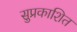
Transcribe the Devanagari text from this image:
सुप्रकाशित